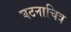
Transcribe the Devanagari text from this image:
घटनाचित्र